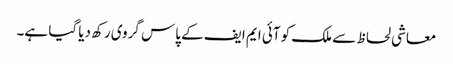
معاشی لحاظ سے ملک کو آئی ایم ایف کے پاس گروی رکھ دیا گیا ہے۔